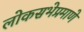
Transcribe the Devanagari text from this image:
लोकसभेप्रमाणे